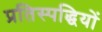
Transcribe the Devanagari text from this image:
प्रतिस्पद्धियों